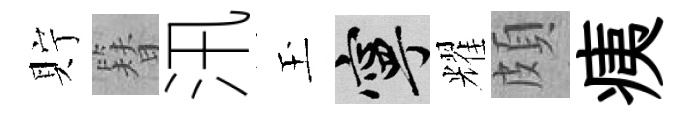
貯簪汛玉寧耀頗痍